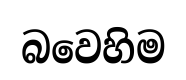
බවෙහිම